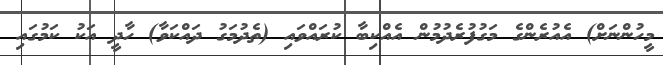
މީހުންނަށް) އެއުރެންގެ މަގުފުރެދުމުން އެއްކިބާ ކުރައްވައި (ތެދުމަގު ދައްކަވާ) ހާދީ އަކު ކަމުގައި